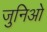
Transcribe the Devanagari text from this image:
जुनिओ